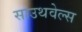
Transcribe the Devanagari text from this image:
साउथवेल्स